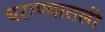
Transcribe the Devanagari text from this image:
घराण्यातली